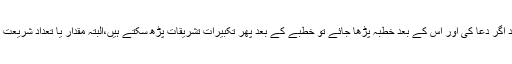
فرض نماز کے فوراًبعد اگر دعا کی اور اس کے بعد خطبہ پڑھا جائے تو خطبے کے بعد پھر تکبیرات تشریقات پڑھ سکتے ہیں،البتہ مقدار یا تعداد شریعت نے طے نہیں کی ہے ۔